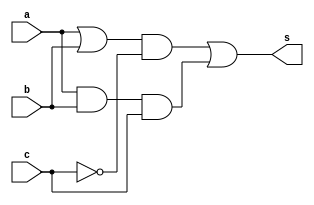
//------------------
// Exemplo0032 - F4
//------------------

module ex32(output s,
            input a,b,c);

 wire temp[0:4];

or OR1(temp[0], a, b);
and AND1(temp[1], a, b);

and AND2(temp[2], temp[0], ~c);
and AND3(temp[3], temp[1], c);


 or ORf(temp[4], temp[2],temp[3]);

 assign s = temp[4];

endmodule


module teste;

reg a,b,c;
wire s;

ex32 exercicio(s, a,b,c);

initial begin:start
 a=0;b=0;c=0;
end


initial begin:main
  $display(" Exemplo0032 - Adamo Ludwig - 473319");
  
  $monitor("%b %b %b s:%b", a, b, c, s);

#1  a=0;  b=0;  c=0;
#1  a=0;  b=0;  c=1;
#1  a=0;  b=1;  c=0;
#1  a=0;  b=1;  c=1;
#1  a=1;  b=0;  c=0;
#1  a=1;  b=0;  c=1;
#1  a=1;  b=1;  c=0;
#1  a=1;  b=1;  c=1;

end
endmodule